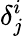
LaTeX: \delta_{j}^{i}